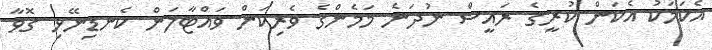
އެކަަމަކު އެކަން ކުރީގެ ރައީސް ނުދަނެ މަމެންގެ ވެރިކަން ވައްޓާލަން ކެނޑިނޭޅި ގޮވާ